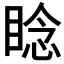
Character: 𬑛